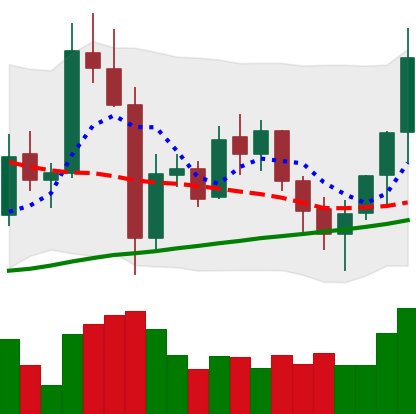
Ticker: XMR-USD
Chart end date: 2021-11-09
Forward return: -4.671%
Label: down_3_5